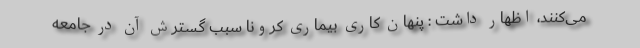
می‌کنند، اظهار داشت : پنهان کاری بیماری کرونا سبب گسترش آن در جامعه